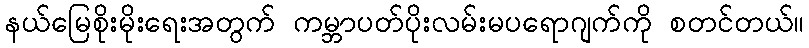
နယ်မြေစိုးမိုးရေးအတွက် ကမ္ဘာပတ်ပိုးလမ်းမပရောဂျက်ကို စတင်တယ်။